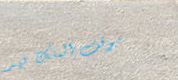
موقف الملك فهد